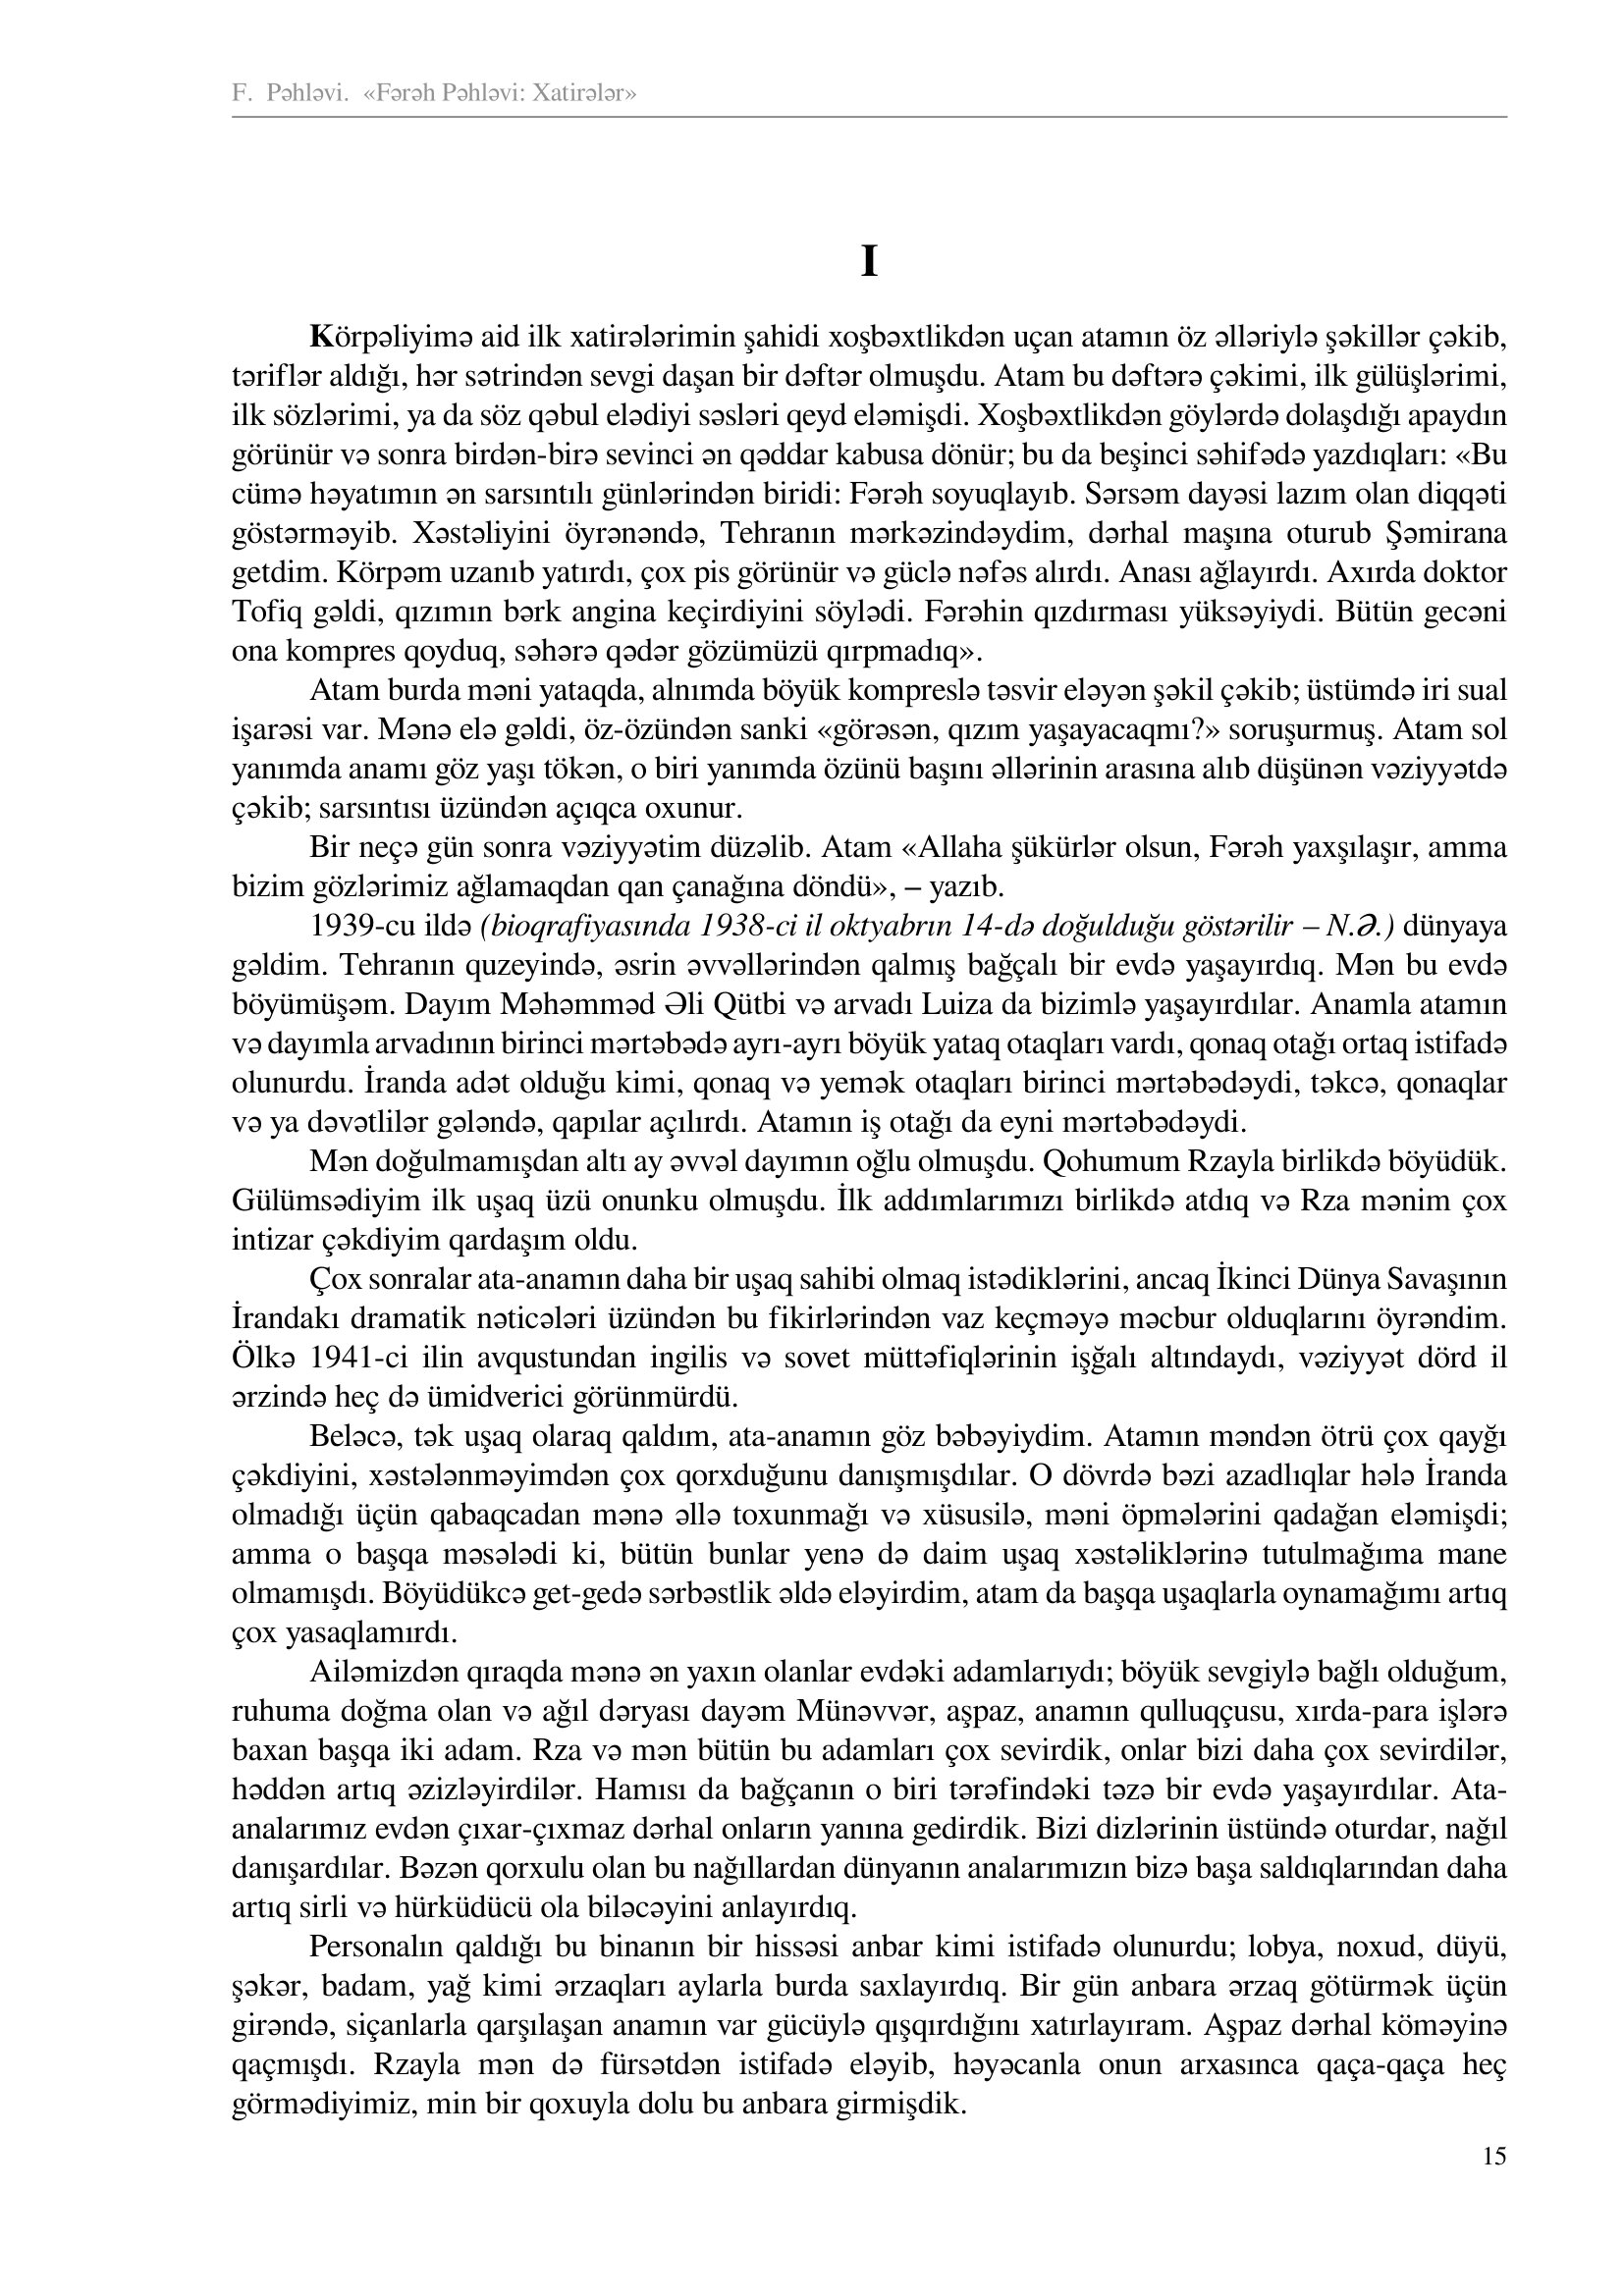
Language: az